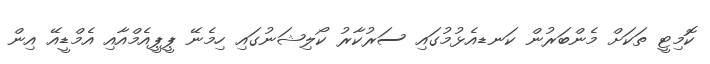
ކޮމިޓީ ތަކަށް މެންބަރުން ކަނޑއެޅުމުގައި ސަރުކާރު ކޯލިޝަނުގައި ހިމެނޭ ޕީޕީއެމްއާއި އެމްޑީއޭ އިން